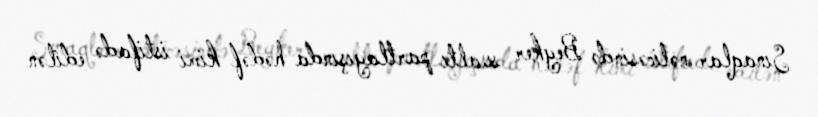
Sınaqlar nəticəsində Beyker sualtı partlayışında hədəf kimi istifadə edilən